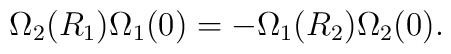
\Omega_2(R_1)\Omega_1(0)=-\Omega_1(R_2)\Omega_2(0).